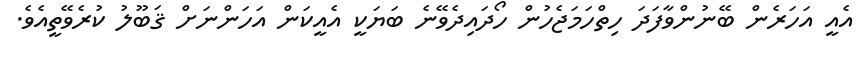
އެއީ އަހަރެން ބޭނުންވާފަދަ ހިތްހަމަޖެހުން ހޯދައިދެވޭނެ ބަޔަކީ އެއީކަން އަހަންނަށް ޤަބޫލު ކުރެވޭތީއެވެ.